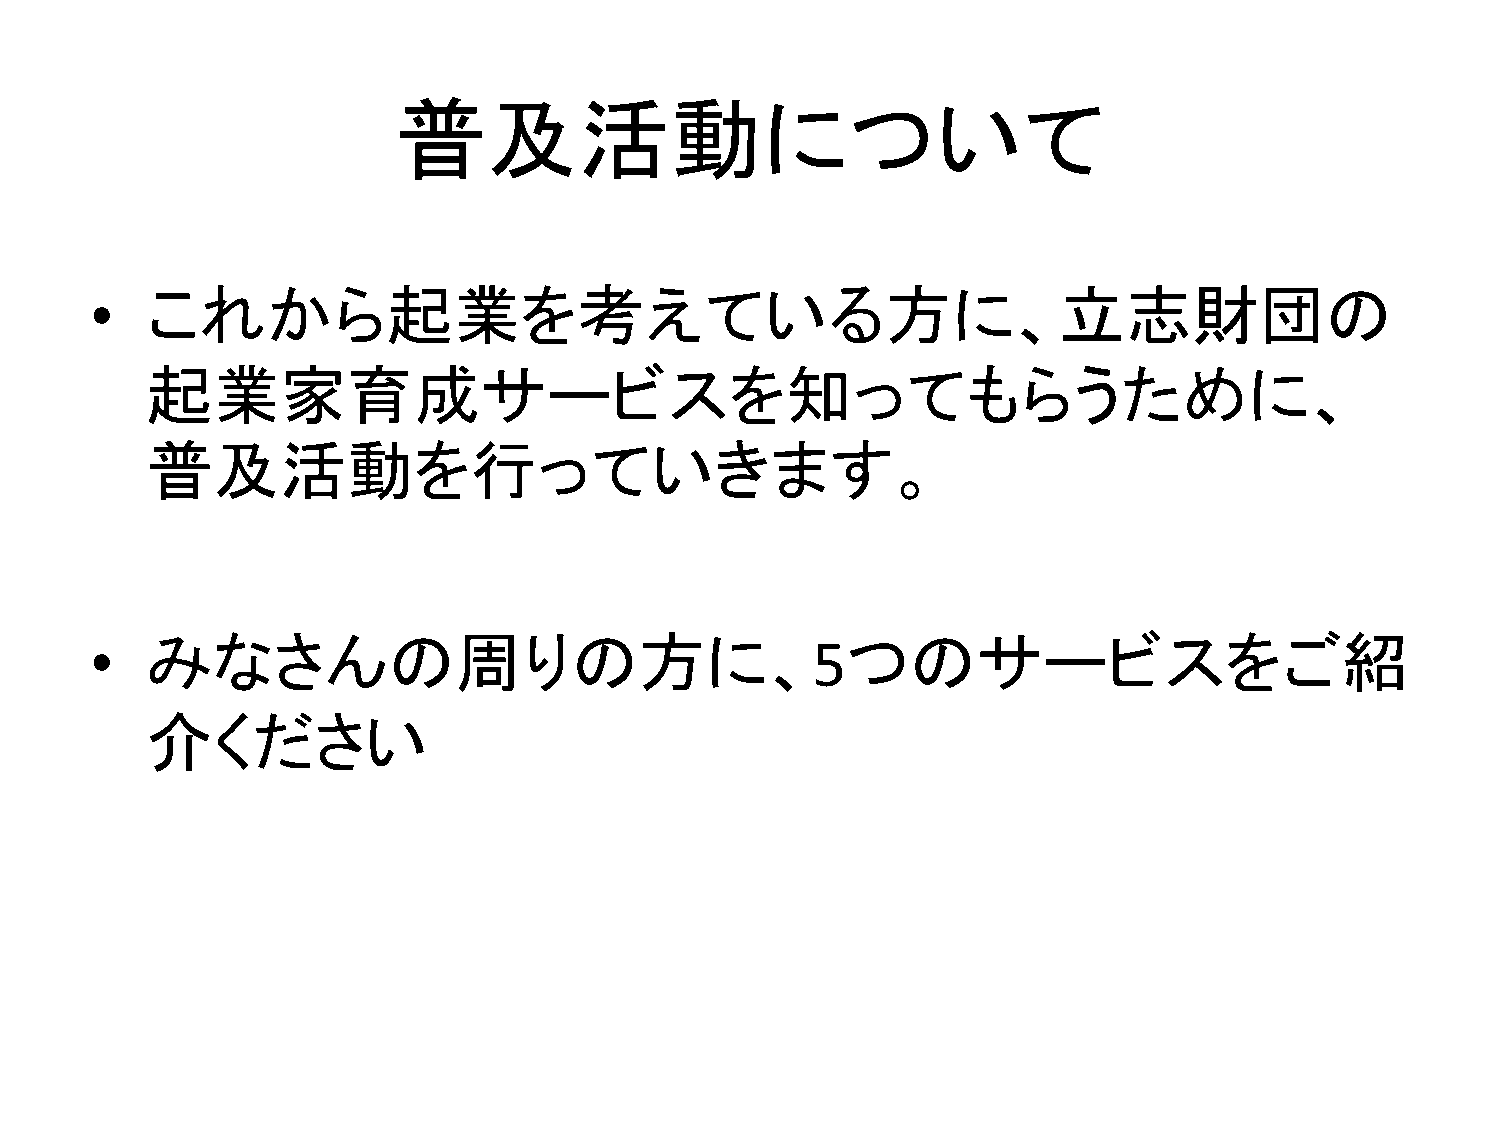
普及活動について
 •   これから起業を考えている方に、立志財団の
 起業家育成サービスを知ってもらうために、
 普及活動を行っていきます。
 •   みなさんの周りの方に、                                 5つのサービスをご紹
 介ください